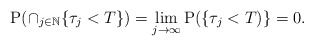
\begin{align*} \mathrm{P}( \cap_{j\in \mathbb{N}}\{\tau_j<T\})=\lim_{j\to\infty} \mathrm{P}(\{\tau_j< T)\}=0. \end{align*}